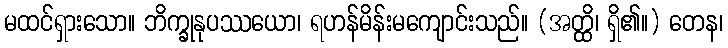
မထင်ရှားသော။ ဘိက္ခုနုပဿယော၊ ရဟန်မိန်းမကျောင်းသည်။ (အတ္ထိ၊ ရှိ၏။) တေန၊